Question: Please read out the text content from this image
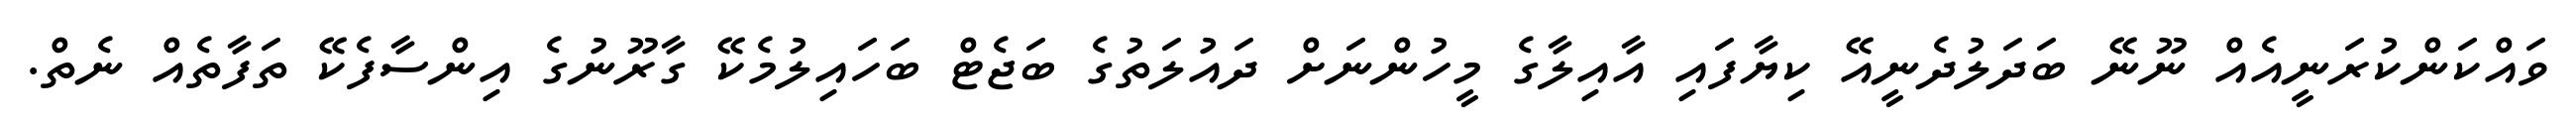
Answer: ވައްކަންކުރަނީއެއް ނޫނޭ ބަދަލުދެނީއޭ ކިޔާފައި އާއިލާގެ މީހުންނަށް ދައުލަތުގެ ބަޖެޓް ބަހައިލުމެކޭ ގާރޫނުގެ އިންސާފެކޭ ތަފާތެއް ނެތް.